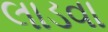
લાડવા